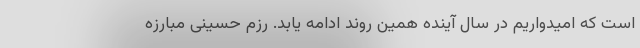
است که امیدواریم در سال آینده همین روند ادامه یابد. رزم حسینی مبارزه